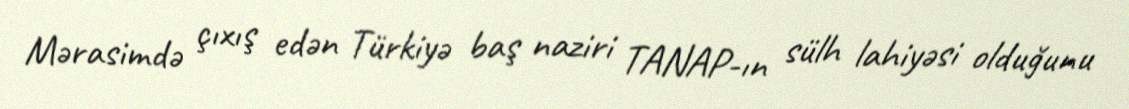
Mərasimdə çıxış edən Türkiyə baş naziri TANAP-ın sülh lahiyəsi olduğunu